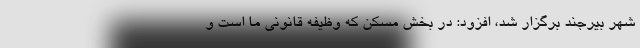
شهر بیرجند برگزار شد، افزود: در بخش مسکن که وظیفه قانونی ما است و